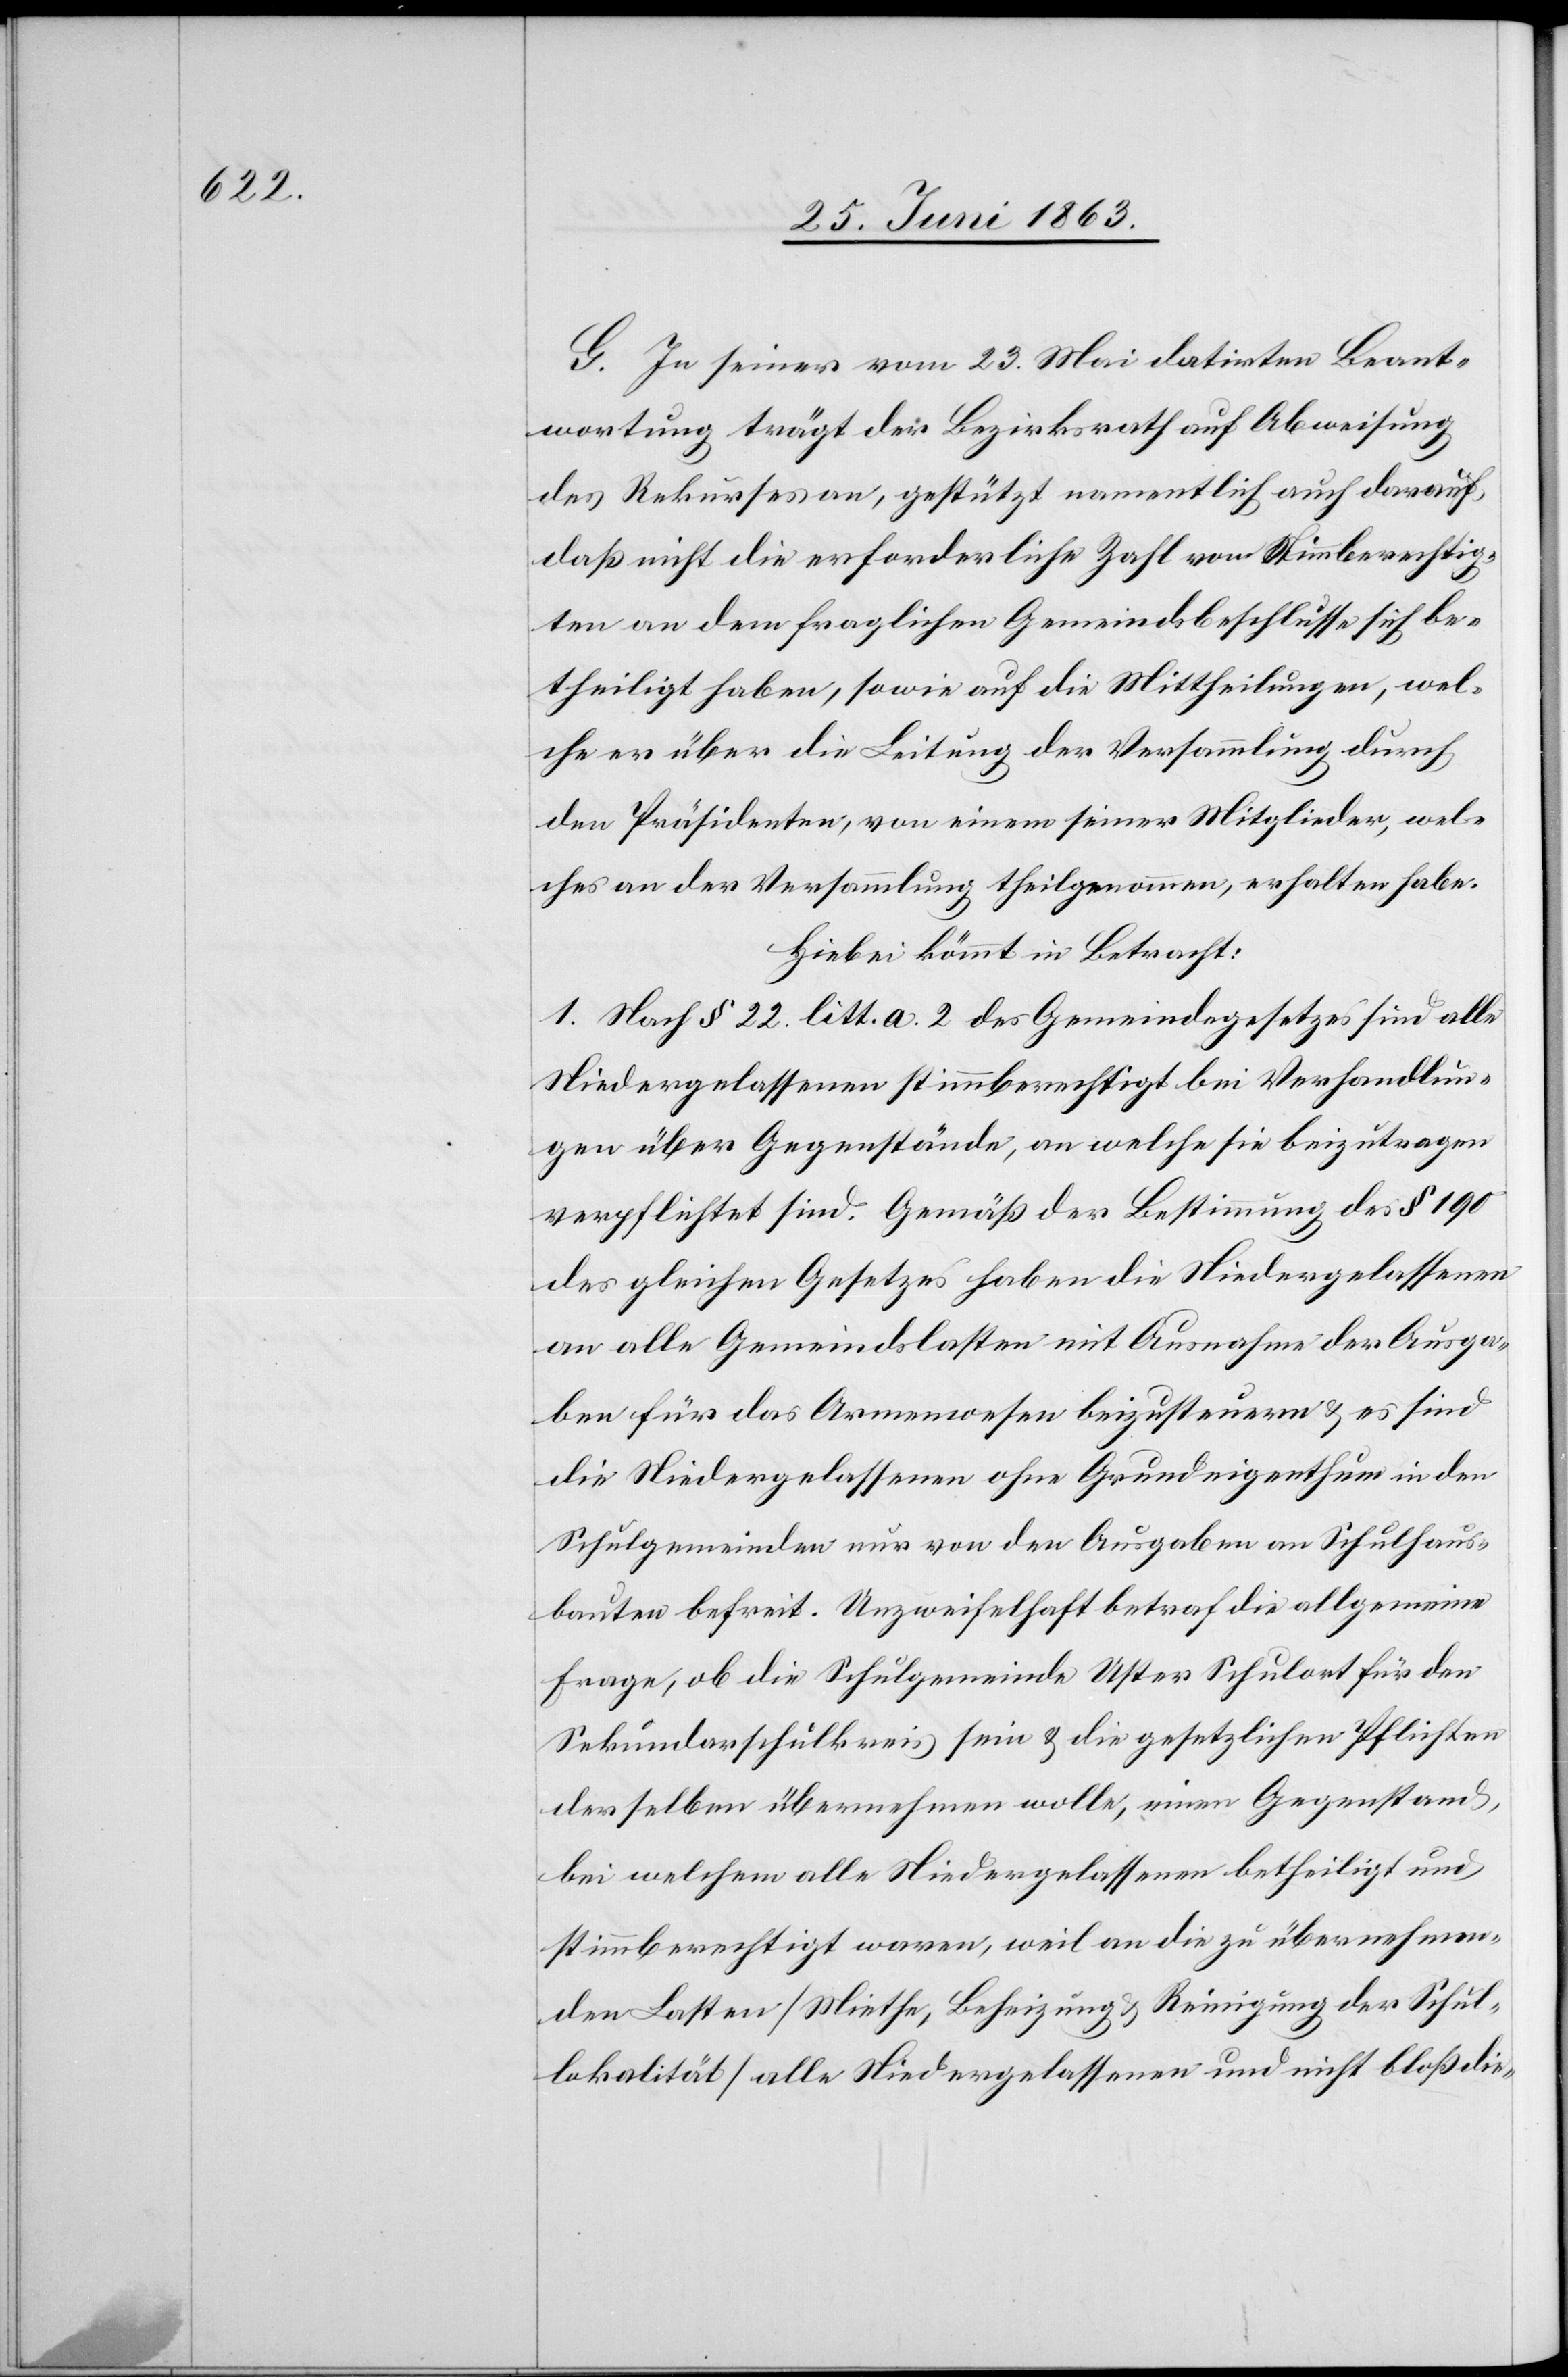
G. In seiner vom 23. Mai datirten Beant¬
wortung trägt der Bezirksrath auf Abweisung
des Rekurses an, gestützt namentlich auch darauf,
daß nicht die erforderliche Zahl von Stimmberechtig¬
ten an dem fraglichen Gemeindsbeschlusse sich be¬
theiligt haben, sowie auf die Mittheilungen, wel¬
che, er über die Leitung der Versammlung durch
den Präsidenten, von einem seiner Mitglieder, wel¬
ches an der Versammlung theilgenommen, erhalten habe.
Hiebei kömmt in Betracht:
1. Nach § 22. litt. a. 2 des Gemeindegesetzes sind alle
Niedergelassenen stimmberechtigt bei Verhandlun¬
gen über Gegenstände, an welche sie beizutragen
verpflichtet sind. Gemäß der Bestimmung des § 190
des gleichen Gesetzes haben die Niedergelassenen
an alle Gemeindslasten mit Ausnahme der Ausga¬
ben für das Armenwesen beizusteuern & es sind
die Niedergelassenen ohne Grundeigenthum in den
Schulgemeinden nur von den Ausgaben an Schulhaus¬
bauten befreit. Unzweifelhaft betraf die allgemeine
Frage, ob die Schulgemeinde Uster Schulort für den
Sekundarschulkreis sein & die gesetzlichen Pflichten
derselben übernehmen wolle, einen Gegenstand,
bei welchem alle Niedergelassenen betheiligt und
stimmberechtigt waren, weil an die zu übernehmen¬
den Lasten (Miethe, Beheizung & Reinigung der Schul¬
lokalität) alle Niedergelassenen und nicht bloß die-